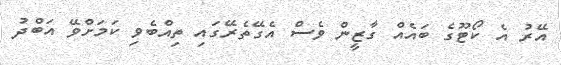
އޭރު އެ ކޯޓޫގެ ބައެއް ގާޒީން ވެސް އެގޭތެރޭގައި ތިއްބެވި ކަމަށްވޭ އަބްދު